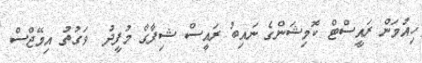
ހިއުމަން ރައީސްޓް ކޮމިޝަންގެ ނައިބު ރައީސް ޝިފާގް މުފީދު  ވަގުތު އިމޭޖްސް